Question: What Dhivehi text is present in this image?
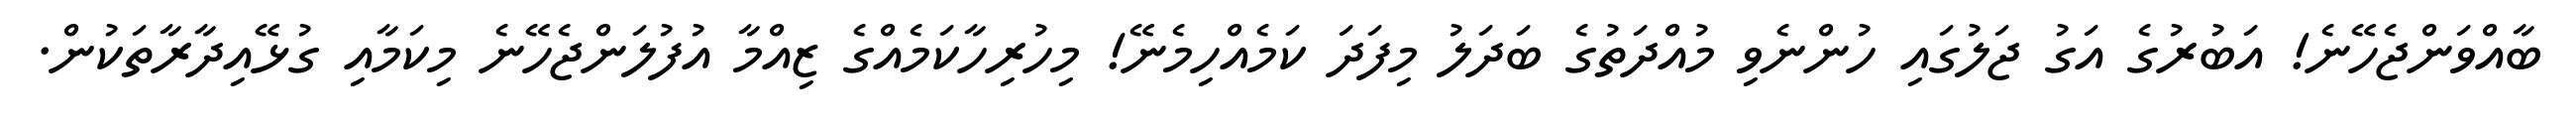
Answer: ބާއްވަންޖެހޭނެ! އަބުރުގެ އަގު ޖަލުގައި ހުންނެވި މުއްދަތުގެ ބަދަލު މިފަދަ ކަމެއްހިމެނޭ! މިހުރިހާކަމެއްގެ ޒިއްމާ އުފުލަންޖެހޭނެ މިކަމާއި ގުޅޭއިދާރާތަކުން.